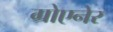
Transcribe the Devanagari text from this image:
ग्रोएनेर